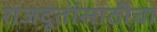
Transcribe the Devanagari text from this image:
राजदूतांसाठीचा